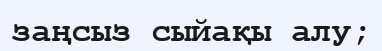
заңсыз сыйақы алу;